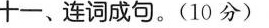
十、连词成句.(10 分)